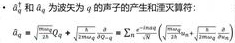
$\cdot \delta_{q}$ 和 $\tilde{\delta}_{q}$ 为波数为 $q$ 的声子的产生和湮灭算符:
$$
\tilde{\delta}_{q}=\sqrt{\frac{\hbar}{2 \omega_{q} \rho_{0}}} \hat{q}, \quad \delta_{q}=\sqrt{\frac{\hbar \omega_{q}}{2 \rho_{0}}} \hat{\pi}_{q}, \quad \Sigma=\sum_{q}\left[\left(\frac{\omega_{q}}{\omega_{0}}\right)^{2} \frac{\hbar}{2 \omega_{q} \rho_{0}} \hat{q}^{2}+\frac{\hbar \omega_{q}}{2 \rho_{0}} \hat{\pi}_{q}^{2}\right]
$$